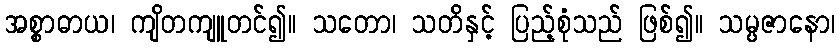
အစ္စာဓာယ၊ ကျိတကျူတင်၍။ သတော၊ သတိနှင့် ပြည့်စုံသည် ဖြစ်၍။ သမ္ပဇာနော၊